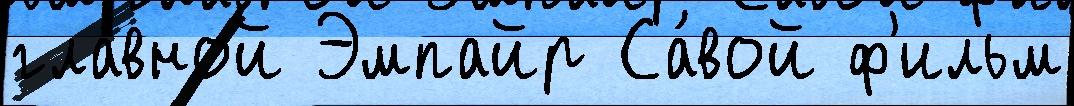
гла́вной Эмпайр Са́вой ф'ильм